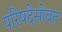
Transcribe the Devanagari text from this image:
परिषदेसोबत